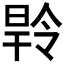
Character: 𭦝